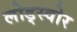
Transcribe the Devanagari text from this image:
लोड्स्वोर